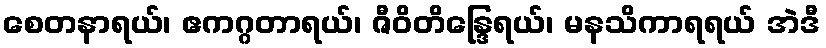
စေတနာရယ်၊ ဧကဂ္ဂတာရယ်၊ ဇီဝိတိန္ဒြေရယ်၊ မနသိကာရရယ် အဲဒီ